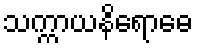
သက္ကာယနိရောဓေ